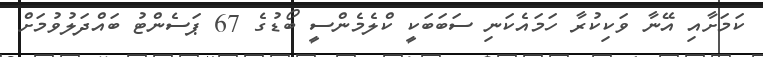
ކަމަށާއި އޭނާ ވަކިކުރާ ހަމައެކަނި ސަބަބަކީ ކްލެމެންސީ ބޯޑުގެ 67 ޕަސެންޓު ބައްދަލުވުމަށް